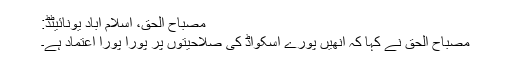
مصباح الحق، اسلام آباد یونائیٹڈ:
مصباح الحق نے کہا کہ انھیں پورے اسکواڈ کی صلاحیتوں پر پورا پورا اعتماد ہے۔